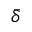
\bar { \delta }